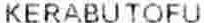
KERABUTOFU